Report on plague in the Punjab from October 1st ... to September 30th ..., being the ... season of plague in the province
Disease focus: Plague
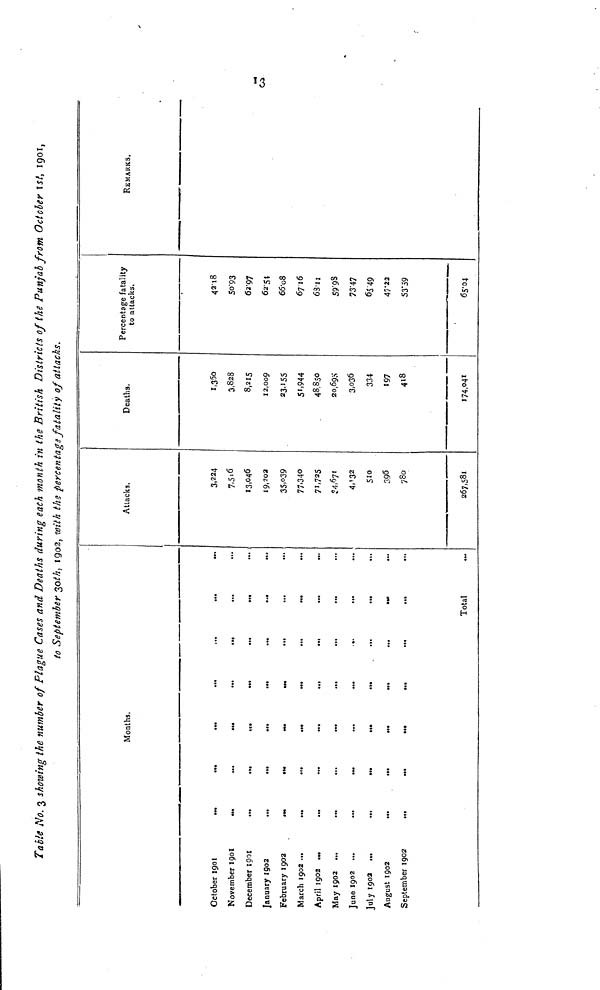
Table No. 3 showing the number of Plague Cases and Deaths during each month in the British Districts of the Punjab from October ist, igoi,
to September 30th, 1902, with the percentage fatality of attacks.
October
1901
...
November 1901
...
December
1901
...
January 1902
...
February 1902
March 1902 ...
...
April 1902 ...
May 1902 ...
...
June 1902 ...
...
July 1902
...
August 1902
...
September 1902
...
Months.
...
...
...
...
...
...
.»
...
...
...
...
.,.
...
...
.
...
Total
Attacks.
3,224
7,516
13,046
19,202
35,039
77,340
71,725
34,671
4,32
510
396
780
267,581
Deaths.
1,350
3,828
8,215
12,000
23,155
51,944
48,8.50
2o,695
3,036
334
197
418
174,041
Percentage fatality
to attacks.
42 18
50 93
62 97
62 54
66 08
6716
63 11
59 98
73 47
65 49
47 22
53 59
65 04
REMARKS.